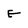
Character: E